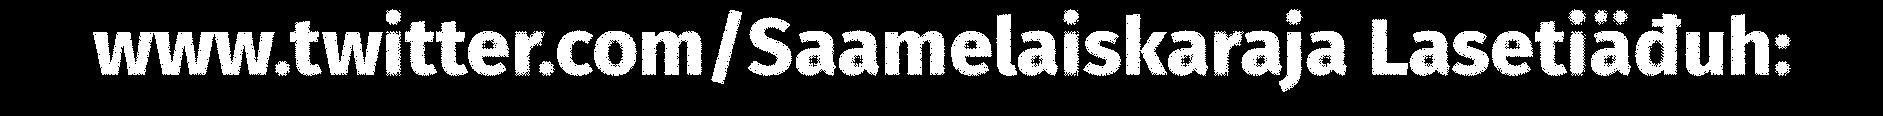
www.twitter.com/Saamelaiskaraja Lasetiäđuh: